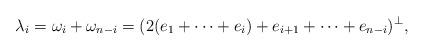
LaTeX: \begin{align*} \lambda_i = \omega_i + \omega_{n-i} = (2(e_1 + \dots + e_i) + e_{i+1} + \dots + e_{n-i})^\perp, \end{align*}